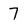
Character: 7